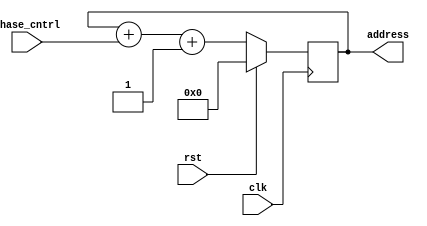
`timescale 1ns/1ns

module DDS(input clk, rst, input [7:0] phase_cntrl, output reg[7:0] address);

  always @(posedge clk)
  begin
    if (rst)
      address = 8'd0;
    else
      address = address + (phase_cntrl) + 8'd1;
  end

endmodule